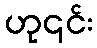
ဟု၎င်း